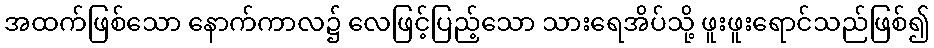
အထက်ဖြစ်သော နောက်ကာလ၌ လေဖြင့်ပြည့်သော သားရေအိပ်သို့ ဖူးဖူးရောင်သည်ဖြစ်၍